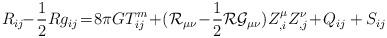
LaTeX: \begin{align*}R_{ij}\!\! -\!\frac{1}{2}R g_{ij}\! = \! 8\pi GT^{m}_{ij}\! +\! ({\cal R}_{\mu\nu}\!-\!\frac{1}{2}{\cal R}{\cal G}_{\mu\nu})Z^{\mu}_{,i}Z^{\nu}_{,j}\! +\! Q_{ij} + S_{ij} \end{align*}